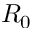
R _ { 0 }